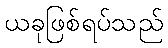
ယခုဖြစ်ရပ်သည်